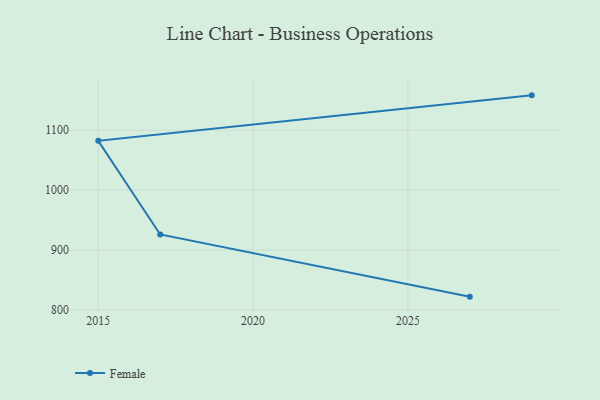
{"axis": {"x": "Year", "y": "Production Output"}, "legend": ["Female"], "data": [{"x": "2029", "y": 1158.3, "type": "Female"}, {"x": "2015", "y": 1082.5, "type": "Female"}, {"x": "2017", "y": 926.1, "type": "Female"}, {"x": "2027", "y": 822.3, "type": "Female"}]}